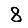
Digit: 8